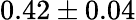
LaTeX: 0.42\pm 0.04